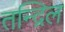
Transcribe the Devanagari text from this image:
तन्द्रिल